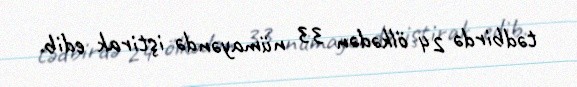
tədbirdə 24 ölkədən 33 nümayəndə iştirak edib.